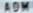
ADM